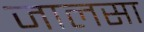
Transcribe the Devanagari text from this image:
जालसा